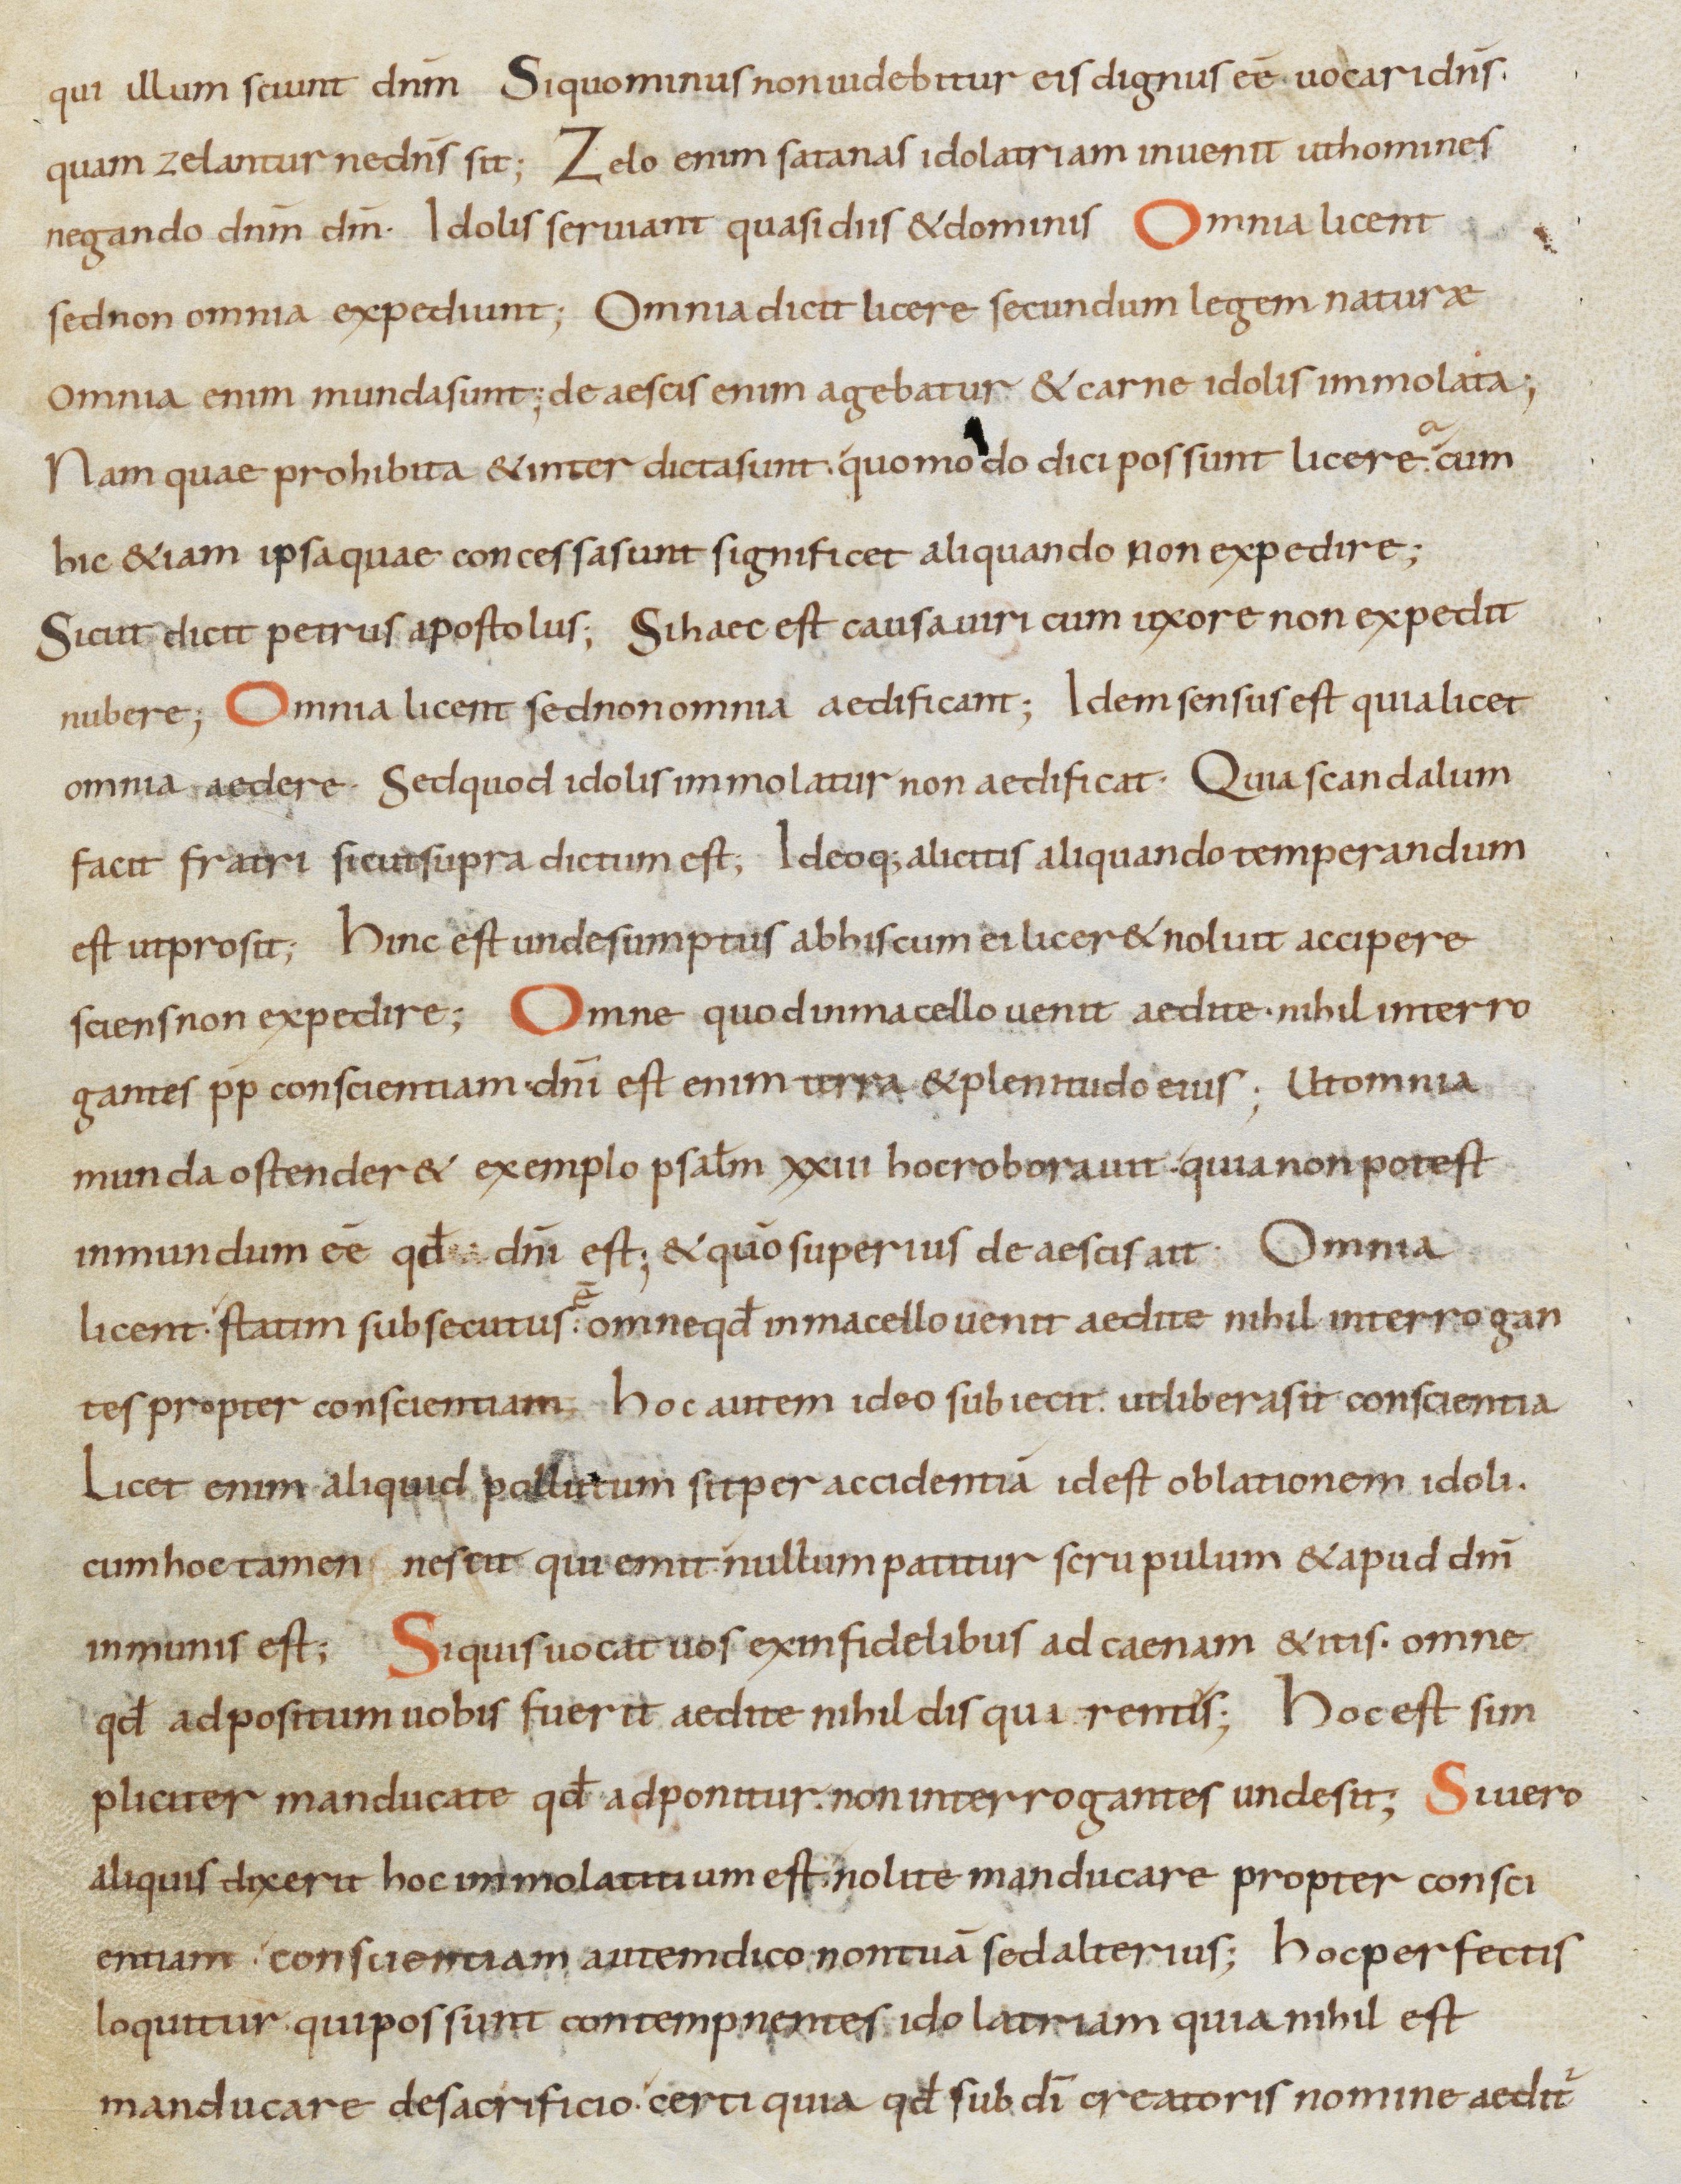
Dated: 800–899